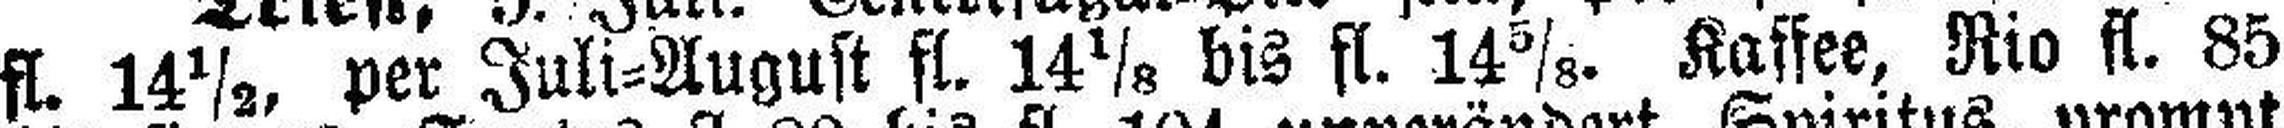
fl. 14½, per Juli=August fl. 14 1/8 bis fl. 14 5/8. Kaffee, Rio fl. 85